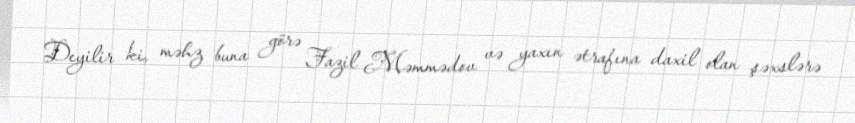
Deyilir ki, məhz buna görə Fazil Məmmədov və yaxın ətrafına daxil olan şəxslərə